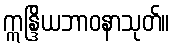
ဣန္ဒြိယဘာဝနာသုတ်။